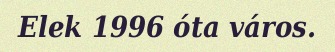
Elek 1996 óta város.